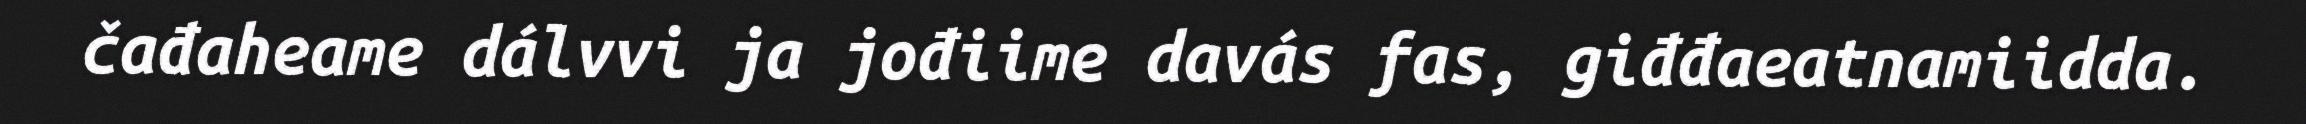
čađaheame dálvvi ja jođiime davás fas, giđđaeatnamiidda.